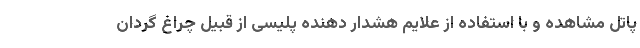
پاتل مشاهده و با استفاده از علایم هشدار دهنده پلیسی از قبیل چراغ گردان